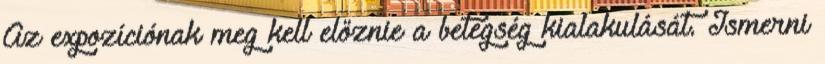
Az expozíciónak meg kell előznie a betegség kialakulását. Ismerni